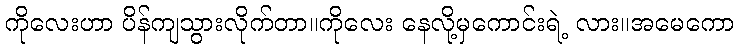
ကိုလေးဟာ ပိန်ကျသွားလိုက်တာ။ကိုလေး နေလို့မှကောင်းရဲ့ လား။အမေကော